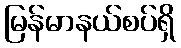
မြန်မာနယ်စပ်ရှိ